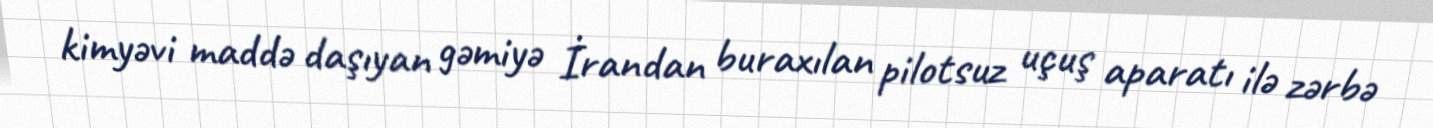
kimyəvi maddə daşıyan gəmiyə İrandan buraxılan pilotsuz uçuş aparatı ilə zərbə